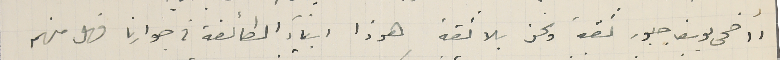
أاضحى يوسف جبور ثقة ونحن بلا ثقة هوذا ابناء الطائفة في جوارنا فهل منهم